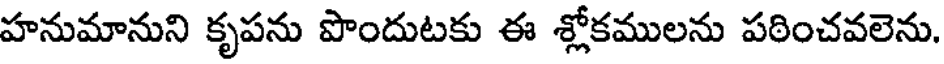
హనుమానుని కృపను పొందుటకు ఈ శ్లోకములను పఠించవలెను.